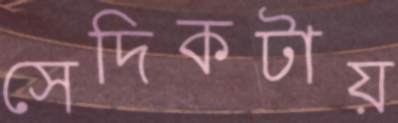
সেদিকটায়